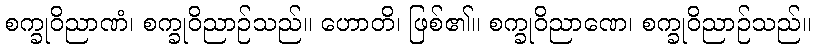
စက္ခုဝိညာဏံ၊ စက္ခုဝိညာဉ်သည်။ ဟောတိ၊ ဖြစ်၏။ စက္ခုဝိညာဏေ၊ စက္ခုဝိညာဉ်သည်။